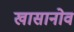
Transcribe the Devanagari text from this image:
खासानोव